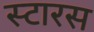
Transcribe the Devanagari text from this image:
स्टारस